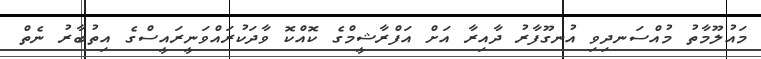
މައުލޫމާތު މުއްސަނދިވި އުނގޫފާރު ދާއިރާ އަށް އަފްރާޝީމްގެ ކޮއްކޮ ވާދަކުރައްވަނީރައީސްގެ އިތުބާރު ނެތް